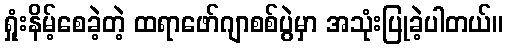
ရှုံးနိမ့်စေခဲ့တဲ့ ထရာဖော်ဂျာစစ်ပွဲမှာ အသုံးပြုခဲ့ပါတယ်။